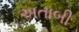
અતાબી